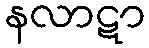
နလာဋာ